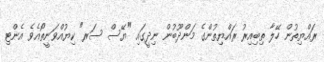
ރައްޔިތުން ހޭލާ ތިބިއިރު ރައްޔިތުންގެ މަންދޫބުން ނިދީގައި "ޔޭސް ސަރ" ކިޔުއްވަނީތޯއެވެ އެންޓި